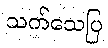
သက်သေပြ